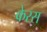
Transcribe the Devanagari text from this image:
केरस